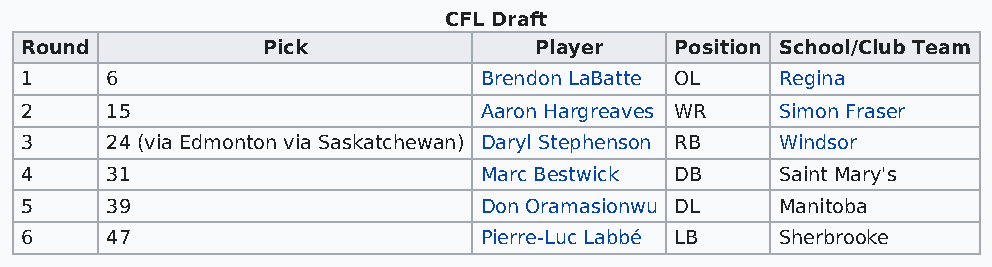
CFL Draft
 Round           Pick              Player    Position School/Club Team
 1     6                        Brendon LaBatte OL  Regina
 2     15                       Aaron Hargreaves WR Simon Fraser
 3     24 (via Edmonton via Saskatchewan) Daryl Stephenson RB Windsor
 4     31                       Marc Bestwick DB    Saint Mary's
 5     39                       Don Oramasionwu DL  Manitoba
 6     47                       Pierre-Luc Labbé LB Sherbrooke